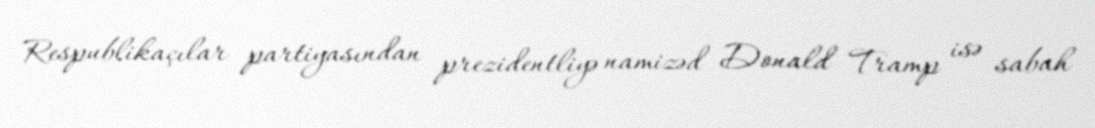
Respublikaçılar partiyasından prezidentliyə namizəd Donald Tramp isə sabah